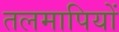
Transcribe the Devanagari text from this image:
तलमापियों